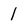
Character: 1